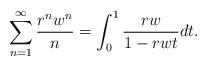
LaTeX: \begin{align*}\sum_{n=1}^{\infty}\frac{r^{n}w^{n}}{n}=\int_{0}^{1}\frac{rw}{1-rwt}dt.\end{align*}